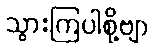
သွားကြပါစို့ဗျာ